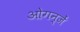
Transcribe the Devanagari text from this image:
ओगन्जें